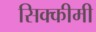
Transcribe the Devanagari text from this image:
सिक्कीमी